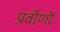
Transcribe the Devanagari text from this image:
प्रवीणों